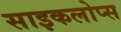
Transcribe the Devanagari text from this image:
साइकलोप्स